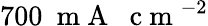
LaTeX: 700~\mathrm{~m~A~}~\mathrm{~c~m~}^{-2}